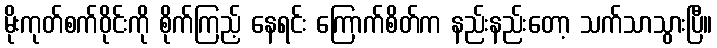
မိုးကုတ်စက်ဝိုင်းကို စိုက်ကြည့် နေရင်း ကြောက်စိတ်က နည်းနည်းတော့ သက်သာသွားပြီ။